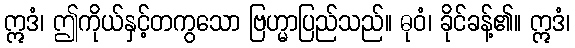
ဣဒံ၊ ဤကိုယ်နှင့်တကွသော ဗြဟ္မာပြည်သည်။ ဓုဝံ၊ ခိုင်ခန့်၏။ ဣဒံ၊